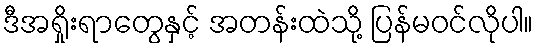
ဒီအရှိုးရာတွေနှင့် အတန်းထဲသို့ ပြန်မဝင်လိုပါ။